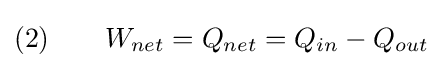
{\text{(2)}}\qquad W_{net}=Q_{net}=Q_{in}-Q_{out}